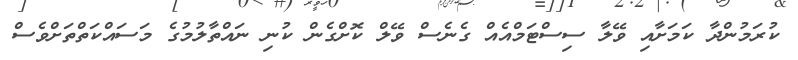
ކުރަމުންދާ ކަމަށާއި ވޭލާ ސިސްޓަމްއެއް ގެނެސް ވޭލް ކޮށްގެން ކުނި ނައްތާލުމުގެ މަސައްކަތްތަށްވެސް